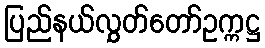
ပြည်နယ်လွှတ်တော်ဥက္ကဋ္ဌ